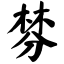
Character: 棼